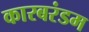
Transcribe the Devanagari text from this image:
कारबरंडम